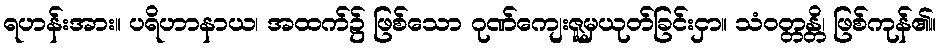
ရဟန်းအား။ ပရိဟာနာယ၊ အထက်၌ ဖြစ်သော ဂုဏ်ကျေးဇူမှယုတ်ခြင်းငှာ။ သံဝတ္တန္တိ၊ ဖြစ်ကုန်၏။